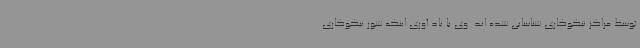
توسط مراکز نیکوکاری شناسایی شده اند. وی با یاد آوری اینکه شور نیکوکاری